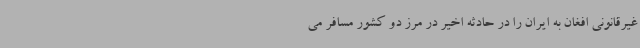
غیرقانونی افغان به ایران را در حادثه اخیر در مرز دو کشور مسافر می